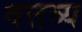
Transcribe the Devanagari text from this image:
वत्तव्य